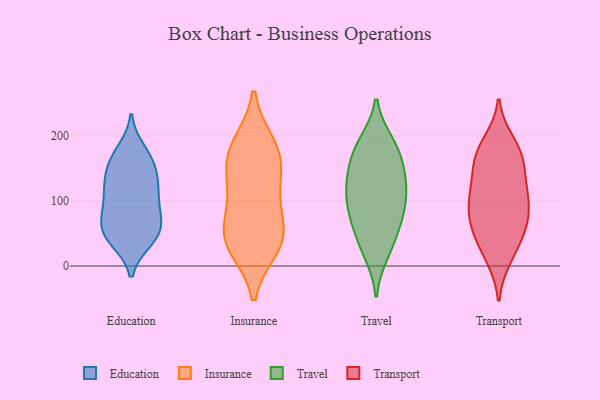
{"axis": {"x": "Conversion Rate (%)", "y": "Value"}, "legend": ["Education", "Insurance", "Transport", "Travel"], "data": [{"x": "", "y": 177, "type": "Education"}, {"x": "", "y": 52, "type": "Education"}, {"x": "", "y": 40, "type": "Education"}, {"x": "", "y": 93, "type": "Education"}, {"x": "", "y": 159, "type": "Education"}, {"x": "", "y": 56, "type": "Education"}, {"x": "", "y": 48, "type": "Education"}, {"x": "", "y": 42, "type": "Education"}, {"x": "", "y": 156, "type": "Education"}, {"x": "", "y": 123, "type": "Education"}, {"x": "", "y": 92, "type": "Education"}, {"x": "", "y": 67, "type": "Education"}, {"x": "", "y": 77, "type": "Education"}, {"x": "", "y": 167, "type": "Education"}, {"x": "", "y": 125, "type": "Education"}, {"x": "", "y": 132, "type": "Education"}, {"x": "", "y": 115, "type": "Education"}, {"x": "", "y": 168, "type": "Insurance"}, {"x": "", "y": 108, "type": "Insurance"}, {"x": "", "y": 29, "type": "Insurance"}, {"x": "", "y": 181, "type": "Insurance"}, {"x": "", "y": 123, "type": "Insurance"}, {"x": "", "y": 187, "type": "Insurance"}, {"x": "", "y": 60, "type": "Insurance"}, {"x": "", "y": 43, "type": "Insurance"}, {"x": "", "y": 150, "type": "Insurance"}, {"x": "", "y": 57, "type": "Insurance"}, {"x": "", "y": 31, "type": "Insurance"}, {"x": "", "y": 18, "type": "Travel"}, {"x": "", "y": 129, "type": "Travel"}, {"x": "", "y": 131, "type": "Travel"}, {"x": "", "y": 146, "type": "Travel"}, {"x": "", "y": 62, "type": "Travel"}, {"x": "", "y": 44, "type": "Travel"}, {"x": "", "y": 183, "type": "Travel"}, {"x": "", "y": 167, "type": "Travel"}, {"x": "", "y": 191, "type": "Travel"}, {"x": "", "y": 190, "type": "Travel"}, {"x": "", "y": 70, "type": "Travel"}, {"x": "", "y": 101, "type": "Travel"}, {"x": "", "y": 122, "type": "Travel"}, {"x": "", "y": 96, "type": "Travel"}, {"x": "", "y": 79, "type": "Travel"}, {"x": "", "y": 25, "type": "Travel"}, {"x": "", "y": 98, "type": "Travel"}, {"x": "", "y": 153, "type": "Travel"}, {"x": "", "y": 63, "type": "Transport"}, {"x": "", "y": 14, "type": "Transport"}, {"x": "", "y": 101, "type": "Transport"}, {"x": "", "y": 175, "type": "Transport"}, {"x": "", "y": 139, "type": "Transport"}, {"x": "", "y": 156, "type": "Transport"}, {"x": "", "y": 12, "type": "Transport"}, {"x": "", "y": 89, "type": "Transport"}, {"x": "", "y": 83, "type": "Transport"}, {"x": "", "y": 54, "type": "Transport"}, {"x": "", "y": 172, "type": "Transport"}, {"x": "", "y": 191, "type": "Transport"}, {"x": "", "y": 182, "type": "Transport"}, {"x": "", "y": 114, "type": "Transport"}, {"x": "", "y": 52, "type": "Transport"}, {"x": "", "y": 107, "type": "Transport"}, {"x": "", "y": 72, "type": "Transport"}, {"x": "", "y": 40, "type": "Transport"}, {"x": "", "y": 115, "type": "Transport"}, {"x": "", "y": 152, "type": "Transport"}]}